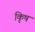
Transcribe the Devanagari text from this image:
कृिष